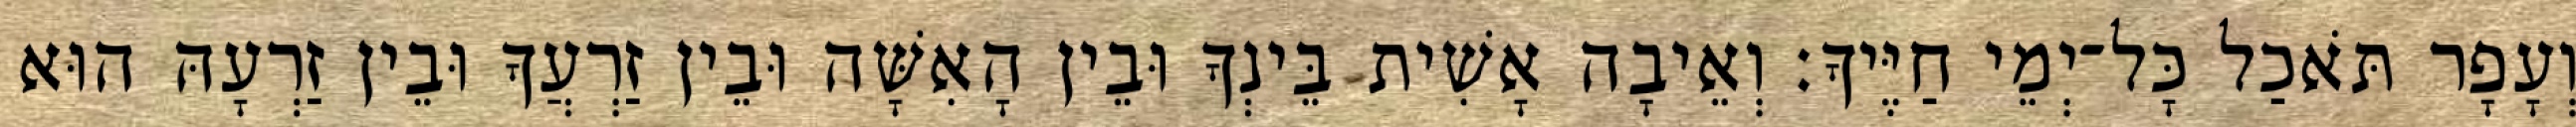
וְעָפָר תֹּאכַל כָּל־יְמֵי חַיֶּיךָ׃ וְאֵיבָה אָשִׁית בֵּינְךָ וּבֵין הָאִשָּׁה וּבֵין זַרְעֲךָ וּבֵין זַרְעָהּ הוּא